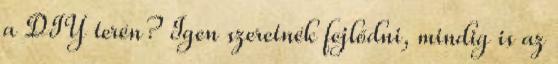
a DIY terén? Igen szeretnék fejlődni, mindig is az